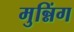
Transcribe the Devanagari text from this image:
मुन्निंग